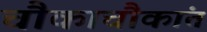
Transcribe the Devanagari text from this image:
चौकाचौकांत